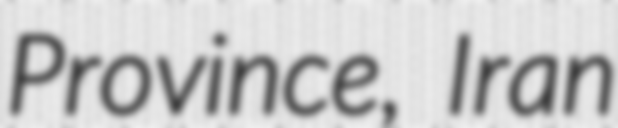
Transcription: Province, Iran